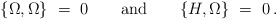
\begin{align*}\{\Omega,\Omega\} ~ = ~ 0 \qquad {\mbox{\rm and}} \qquad \{H,\Omega\} ~ = ~ 0\,.\end{align*}